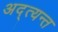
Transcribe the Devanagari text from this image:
अद्त्यन्त